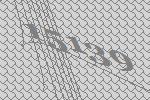
15139